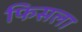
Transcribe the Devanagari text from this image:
फिसला